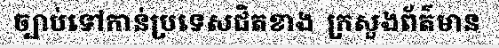
ច្បាប់ទៅកាន់ប្រទេសជិតខាង  ក្រសួងព័ត៌មាន